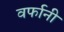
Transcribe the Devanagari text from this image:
वर्फानी